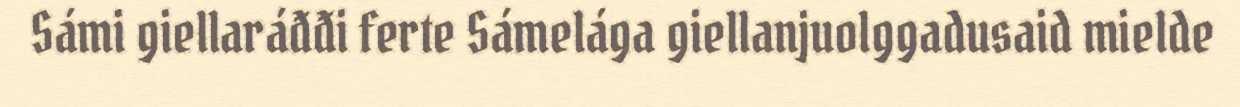
Sámi giellaráđđi ferte Sámelága giellanjuolggadusaid mielde